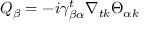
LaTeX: Q _ { \beta } = - i \gamma _ { \beta \alpha } ^ { t } \nabla _ { t k } \Theta _ { \alpha k }